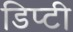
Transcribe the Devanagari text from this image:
डिप्‍टी